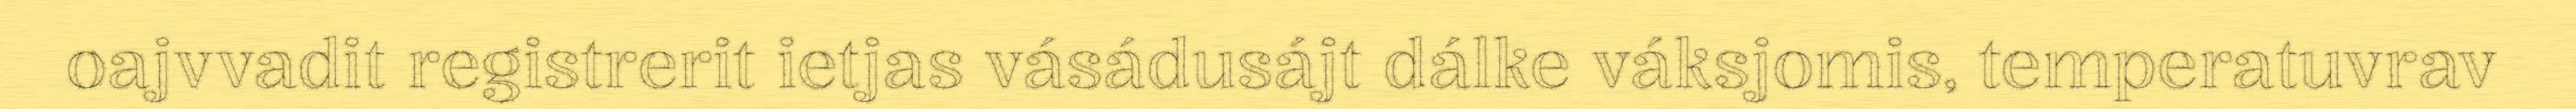
oajvvadit registrerit ietjas vásádusájt dálke váksjomis, temperatuvrav